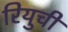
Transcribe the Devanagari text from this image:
रियुची